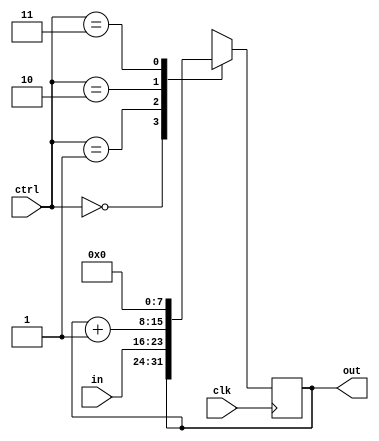
`timescale 1ns / 1ps
//////////////////////////////////////////////////////////////////////////////////
// Company: 
// Engineer: 
// 
// Design Name: 
// Module Name:    IncrReg 
// Project Name: 
// Target Devices: 
// Tool versions: 
// Description: 
//
// Dependencies: 
//
// Revision: 
// Revision 0.01 - File Created
// Additional Comments: 
//
//////////////////////////////////////////////////////////////////////////////////
module IncrReg #(
    parameter n = 8) (
    input clk,
    input [1:0] ctrl,
    input [n-1:0] in,
    output reg [n-1:0] out);
	
	initial begin
		out <= 0;
	end

    always @(negedge clk) begin
        case(ctrl)
            2'b00: out <= out;      // Store
            2'b01: out <= in;       // Load
            2'b10: out <= out + 8'd1;  // Increment by 1
            2'b11: out <= 0;        // Clear
        endcase
    end
endmodule